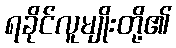
ရခိုင်လူမျိုးတို့၏